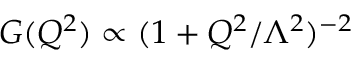
G ( Q ^ { 2 } ) \propto ( 1 + Q ^ { 2 } / \Lambda ^ { 2 } ) ^ { - 2 }